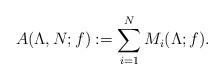
LaTeX: \begin{align*}A(\Lambda,N;f):=\sum_{i=1}^{N}M_i(\Lambda;f).\end{align*}